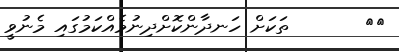
٥٢       ތަކަށް ހަނދާންކޮށްދިނުމެއްކަމުގައި މެނުވީ